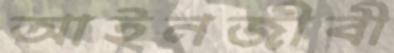
আইনজীবী